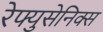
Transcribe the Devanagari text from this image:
रेफ्युसेनिक्स